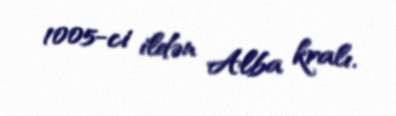
1005-ci ildən Alba kralı.